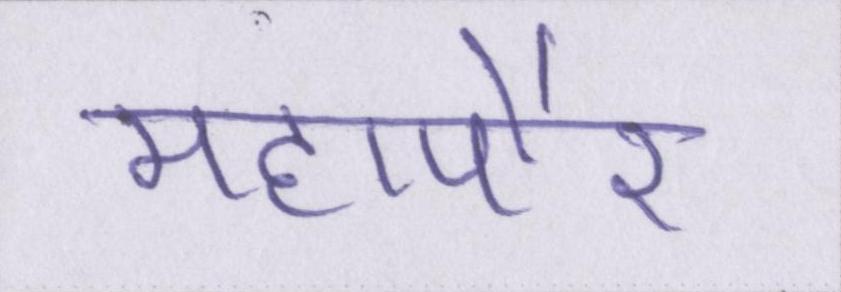
महापौर